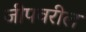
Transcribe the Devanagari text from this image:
जीपवरील